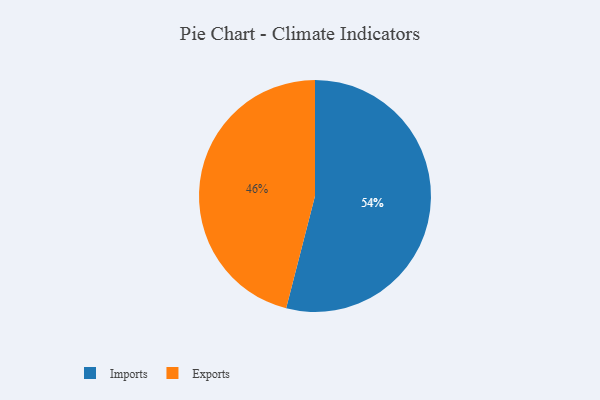
{"axis": {"x": "Category", "y": "Percentage"}, "legend": ["Exports", "Imports"], "data": [{"x": "Exports", "y": 46, "type": "Exports"}, {"x": "Imports", "y": 54, "type": "Imports"}]}